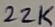
Text: 22K